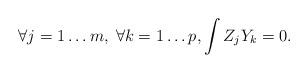
LaTeX: \begin{align*} \forall j=1\ldots m,\; \forall k=1\ldots p,\int Z_jY_k=0.\end{align*}